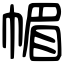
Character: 𢃼